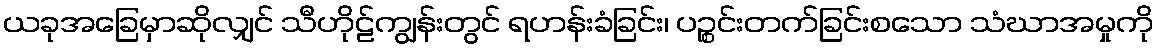
ယခုအခြေမှာဆိုလျှင် သီဟိုဠ်ကျွန်းတွင် ရဟန်းခံခြင်း၊ ပဉ္စင်းတက်ခြင်းစသော သံဃာအမှုကို